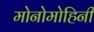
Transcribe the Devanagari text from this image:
मोनोमोहिनी